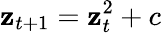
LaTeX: \mathbf{z}_{t+1}=\mathbf{z}_{t}^{2}+c